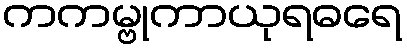
ကကမ္ဗုကာယုရဓရေ